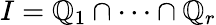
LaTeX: I=\mathbb{Q}_{1}\cap\cdots\cap\mathbb{Q}_{r}